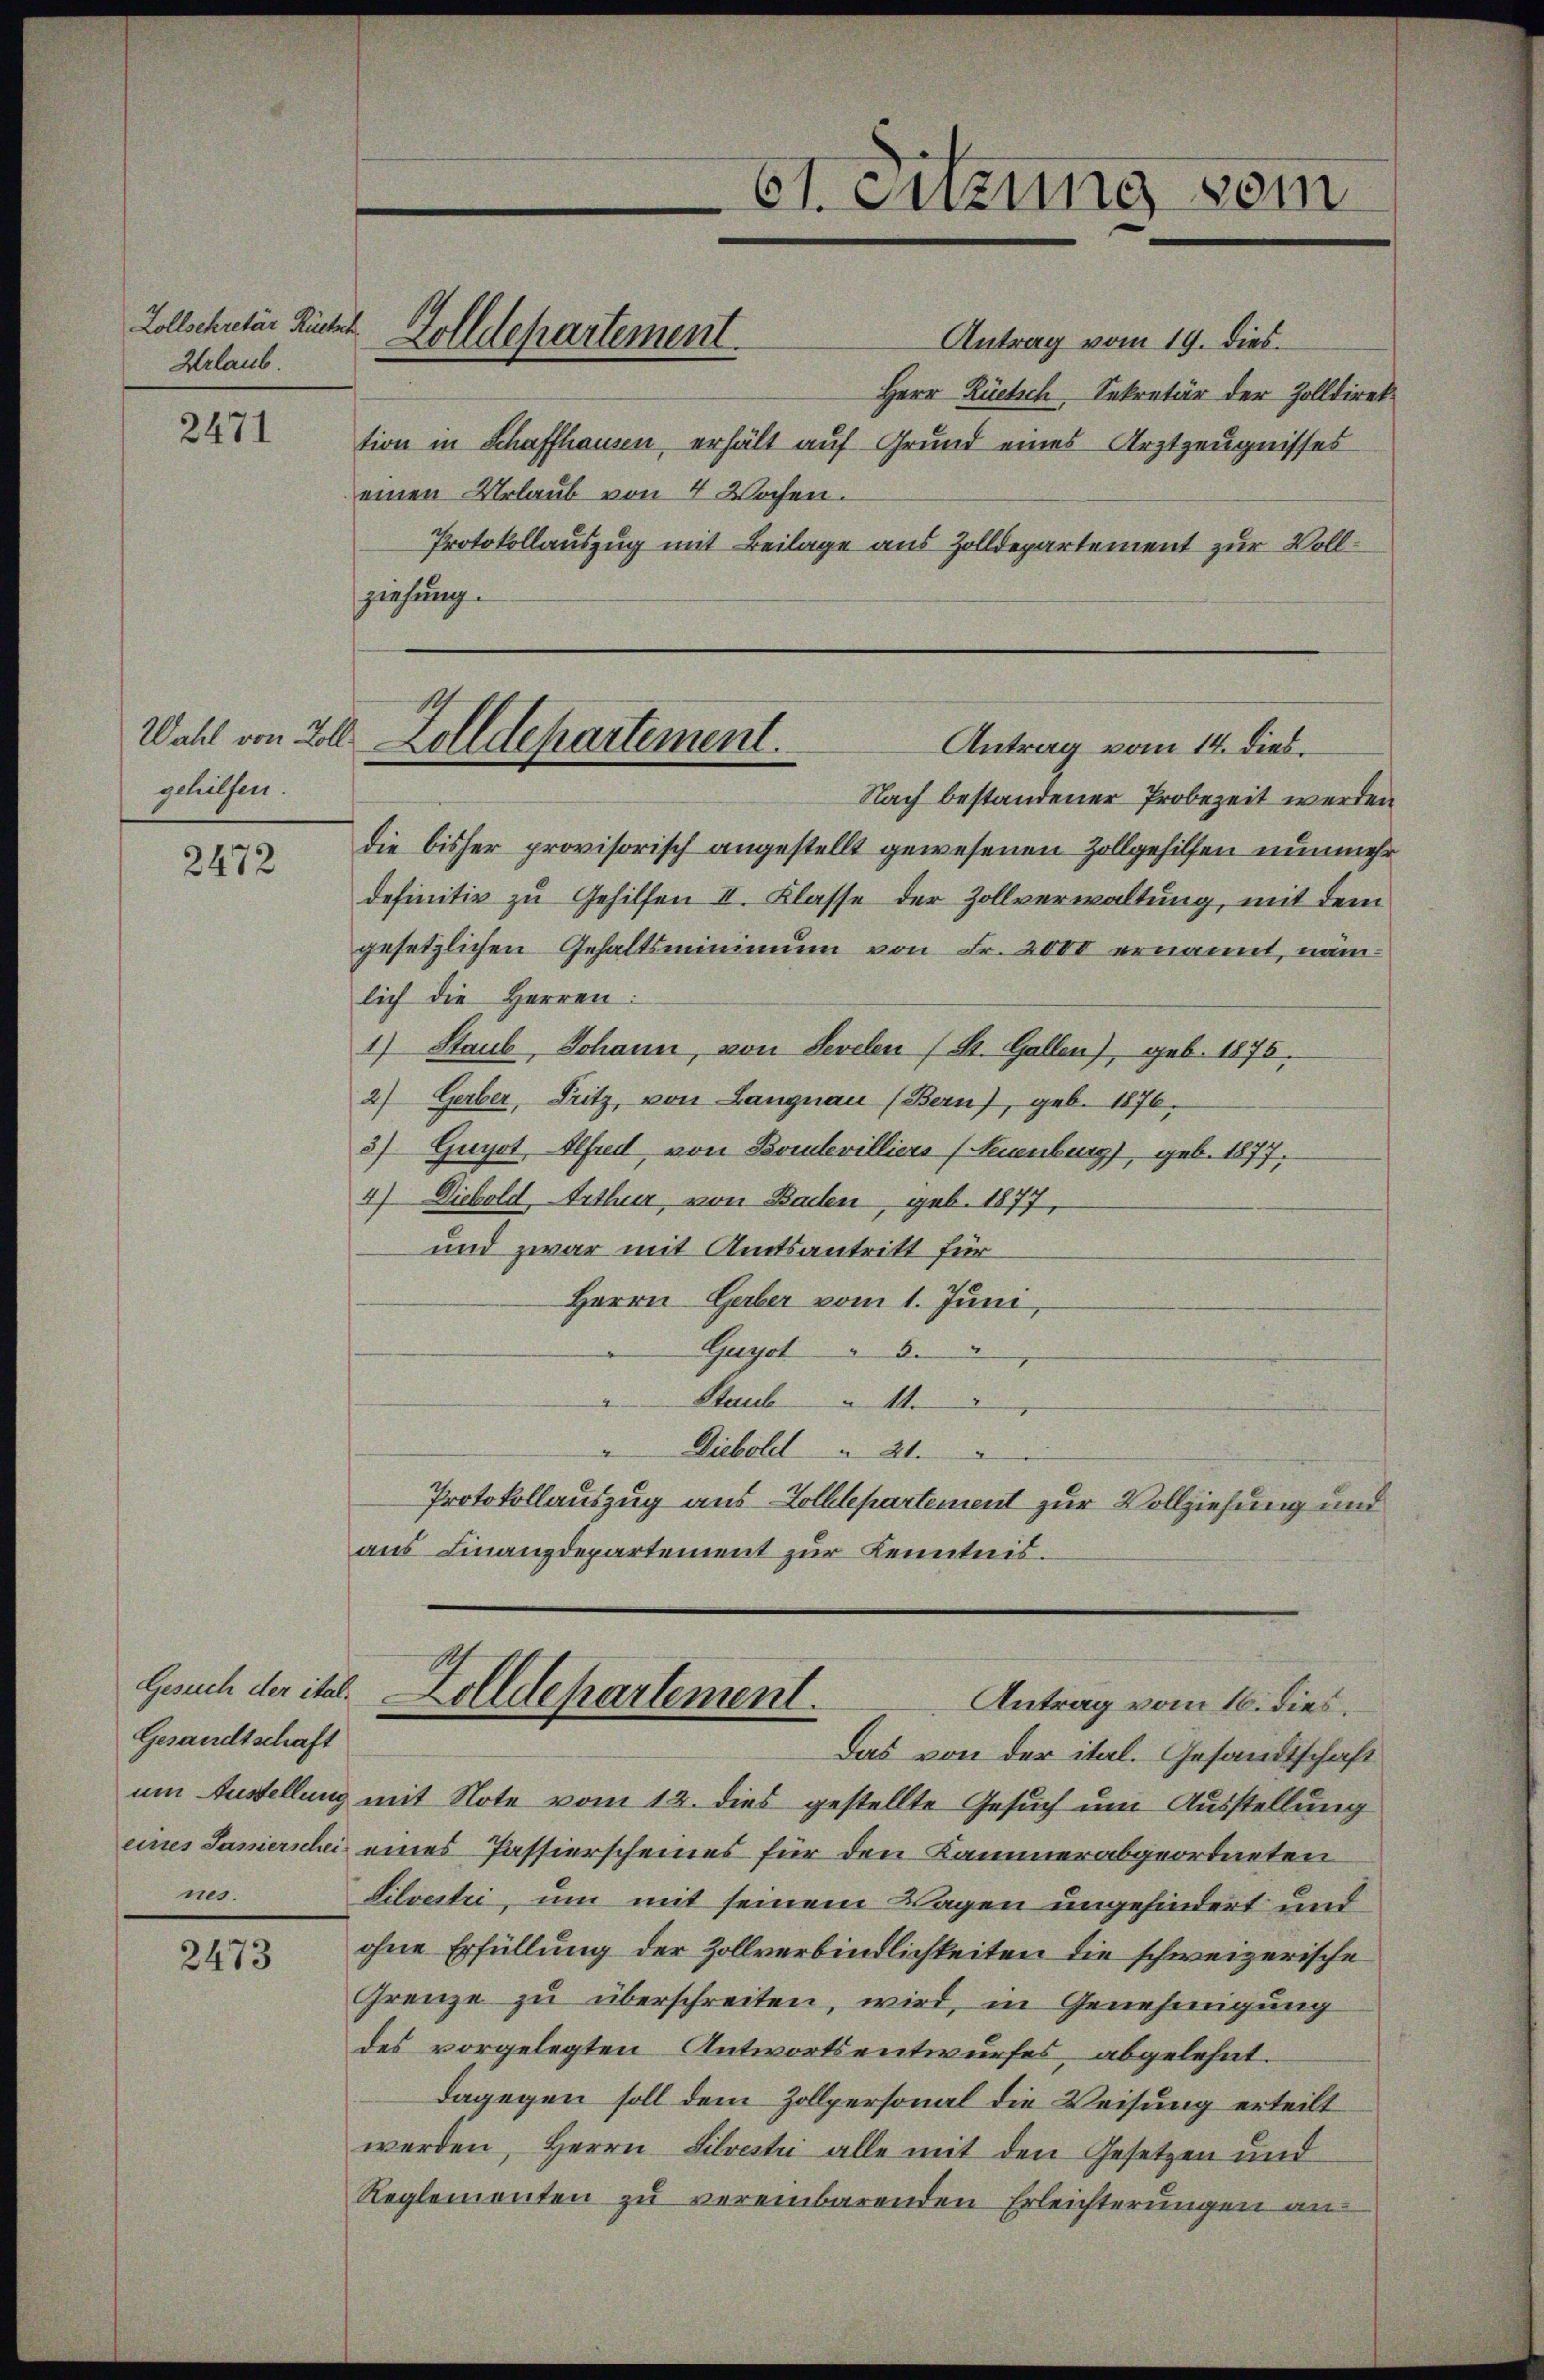
Zollschretär Rücksch
Urlaub.

2471

Wahl von Zoll
gehilfen.

2472

Gesandtschaft
nes.

2473

Zolldepartement

Antrag vom 19. dies
Herr Rücksch, Sekretär der Zolldirektion in Schaffhausen erhält auf Grund eines Arztzeugnisses
einen Urlaub von 4 Wochen.
Protokollauszug mit Beilage aus Zolldepartement zur Vollziehung.
Nach bestandener Probezeit werden
die bisher provisorisch angestellt gewesenen Zollgehilfen nunmehr
definitiv zu Gehilfen II. Klasse der Zollverwaltung, mit dem
gesetzlichen Gehaltsminimum von Fr. 2000 ernannt, nämlich die Herren:
1) Staub, Johann, von Sevelen (St. Gallen), geb. 1875.
2) Gerber, Pritz, von Langnau (Bern), geb. 1876,
3) Guyot Alfred, von Boulevilliers (Neuenburg), geb. 1877,
4) Diebold, Arthur, von Baden, geb. 1877,
und zwar mit Amtsantritt für
Herrn Gerber vom 1. Juni,
Guyot 8
Staub 14.
Dieboldl 24.
Protokollauszug aus Zolldepartement zur Vollziehung und
aus Finanzdepartement zur Kenntnis.

61. Sitzung vom

Zolldepartement.
Antrag vom 14. dies.

um Anstellung mit Note vom 12. dies gestellte Gesuch um Ausstellung
eines Sanierschei eines Passierscheines für den Kammer abgeordneten
Lilvestri, um mit seinem Wagen ungehindert und
ohne Erfüllung der Zollverbindlichkeiten die schweizerische
Grenze zu überschreiten, wird, in Genehmigung
des vorgelegten Antwortsentwurfes abgelehnt.
dagegen soll dem Zollpersonal die Weisung erteilt
werden, Herrn Silvestri alle mit den Gesetzen und
Reglementen zu vereinbarenden Erleichterungen an

Gesuch der ital. Zolldepartement.
Antrag vom 16. dies
Das von der ital. Gesandtschaft